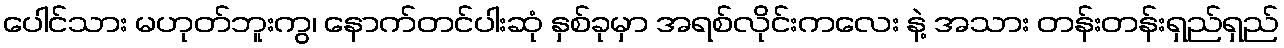
ပေါင်သား မဟုတ်ဘူးကွ၊ နောက်တင်ပါးဆုံ နှစ်ခုမှာ အရစ်လိုင်းကလေး နဲ့ အသား တန်းတန်းရှည်ရှည်